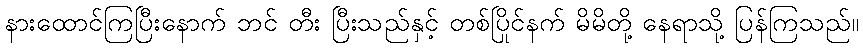
နားထောင်ကြပြီးနောက် ဘင် တီး ပြီးသည်နှင့် တစ်ပြိုင်နက် မိမိတို့ နေရာသို့ ပြန်ကြသည်။